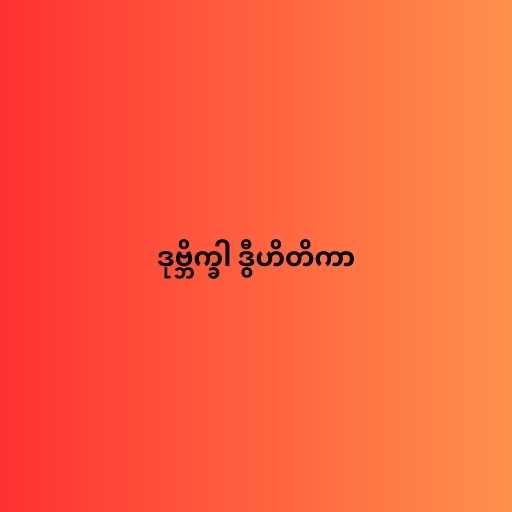
ဒုဗ္ဘိက္ခါ ဒွီဟိတိကာ